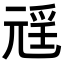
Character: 𭀩